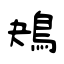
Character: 鴂